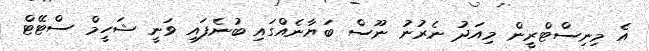
އެ މިނިސްޓްރީން މިއަދު ނެރުނު ނޫސް ބަޔާނެއްގައި ބުނެފައި ވަނީ ޝަހީމް ސްޓޭޓް